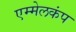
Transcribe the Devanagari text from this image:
एम्मेलकंप